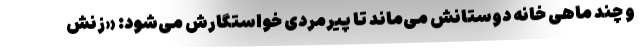
و چند ماهی خانه دوستانش می‌ماند تا پیرمردی خواستگارش می‌شود: «زنش